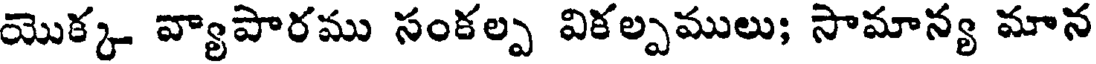
యొక్క వ్యాపారము సంకల్ప వికల్పములు; సామాన్య మాన